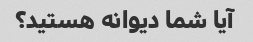
آیا شما دیوانه هستید؟